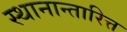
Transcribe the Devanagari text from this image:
स्थानान्तारित्त